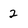
Character: 2